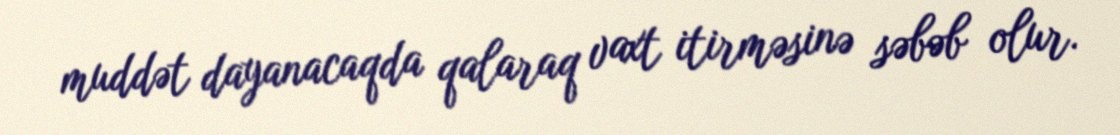
muddət dayanacaqda qalaraq vaxt itirməsinə səbəb olur.